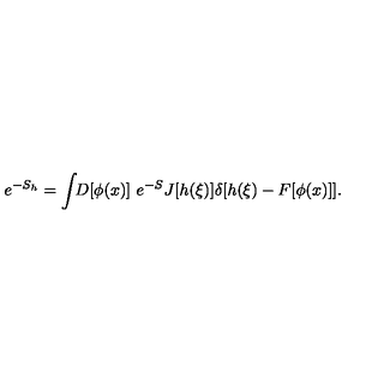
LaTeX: e ^ { - S _ { h } } = \int \! \! D [ \phi ( x ) ] \ e ^ { - S } J [ h ( \xi ) ] \delta [ h ( \xi ) - F [ \phi ( x ) ] ] .